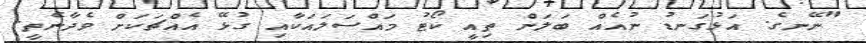
"ނޭނގެ. އަޅުގަނޑު ނުއެއް ބަލަން ތިއީ ކޯޓު މައްސަލައަކާއި ގުޅޭ އެއްޗަކަށް ވެދާނެތީ.